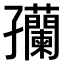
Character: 𫲴